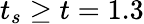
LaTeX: t_{s}\geq t=1.3